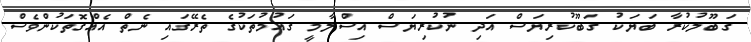
ގަބޫލުކުރާ ބަޔަކު ގަބޫކުރިޔަސް އަދި ނުކުރިޔަސް އިސްލާމީ ގައުމުތަކުގެ ތެރޭގައި ނެތް އެއްގޮތަކުންވެސް